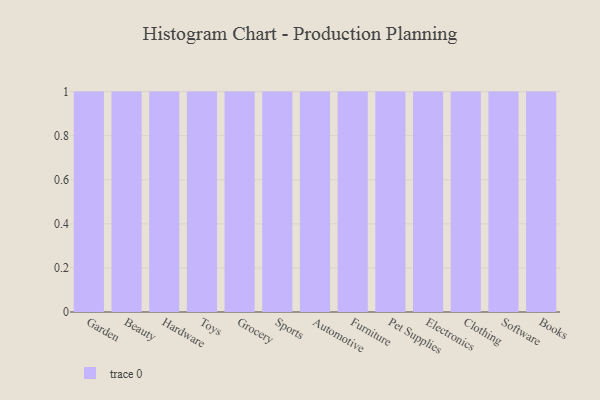
{"axis": {"x": "Category", "y": "Production Output"}, "legend": [""], "data": [{"x": "Garden", "y": 40, "type": ""}, {"x": "Beauty", "y": 14, "type": ""}, {"x": "Hardware", "y": 52, "type": ""}, {"x": "Toys", "y": 32, "type": ""}, {"x": "Grocery", "y": 68, "type": ""}, {"x": "Sports", "y": 76, "type": ""}, {"x": "Automotive", "y": 63, "type": ""}, {"x": "Furniture", "y": 32, "type": ""}, {"x": "Pet Supplies", "y": 4, "type": ""}, {"x": "Electronics", "y": 75, "type": ""}, {"x": "Clothing", "y": 32, "type": ""}, {"x": "Software", "y": 15, "type": ""}, {"x": "Books", "y": 73, "type": ""}]}